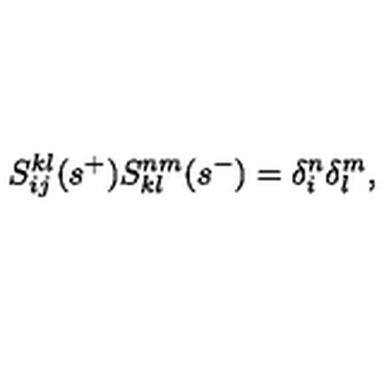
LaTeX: S _ { i j } ^ { k l } ( s ^ { + } ) S _ { k l } ^ { n m } ( s ^ { - } ) = \delta _ { i } ^ { n } \delta _ { l } ^ { m } ,